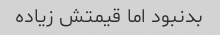
بدنبود اما قیمتش زیاده